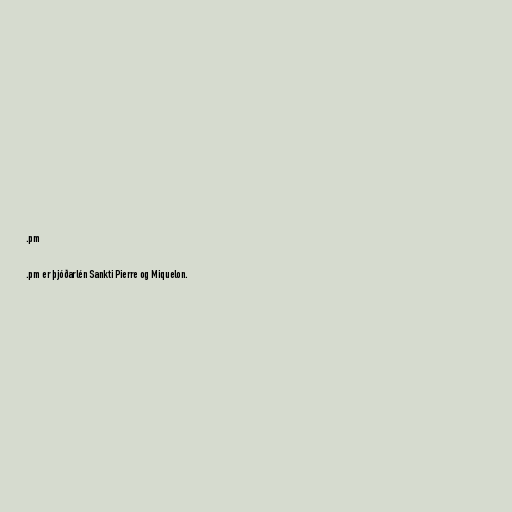
.pm

.pm er þjóðarlén Sankti Pierre og Miquelon.